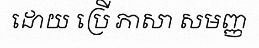
ដោយ ប្រើ ភាសា សមញ្ញ